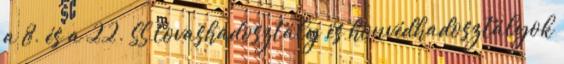
a 8. és a 22. SS lovashadosztály és honvédhadosztályok